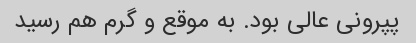
پپرونی عالی بود. به موقع و گرم هم رسید